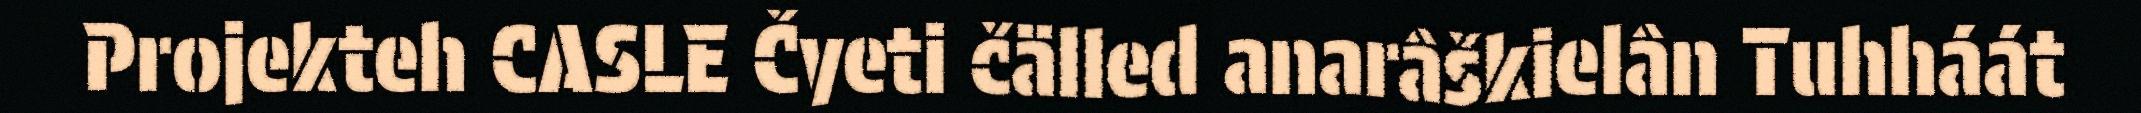
Projekteh CASLE Čyeti čälled anarâškielân Tuhháát